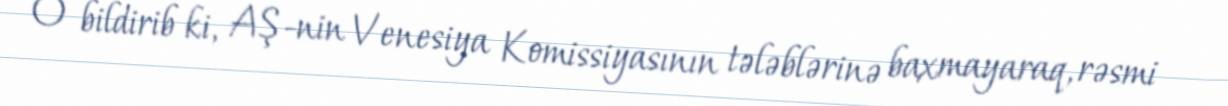
O bildirib ki, AŞ-nin Venesiya Komissiyasının tələblərinə baxmayaraq, rəsmi